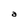
Character: a